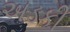
અડકી